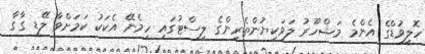
ހޮލީވުޑްގެ އެންމެ މަޝްހޫރު ލަވަކިޔުންތެރިންގެ ލިސްޓުގައި ހިމެނޭ އެކަކު ކަމަށްވާ ލޭޑީ ގާގާ